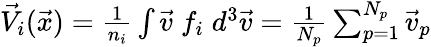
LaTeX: \begin{array}{r}{\vec{V}_{i}(\vec{x})=\frac{1}{n_{i}}\int\vec{v}\; f_{i}\; d^{3}\vec{v}=\frac{1}{N_{p}}\sum_{p=1}^{N_{p}}\vec{v}_{p}}\end{array}